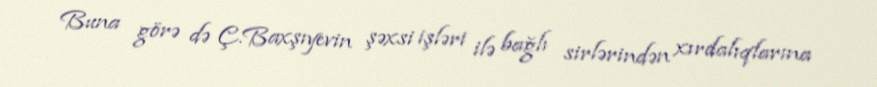
Buna görə də Ç.Baxşıyevin şəxsi işləri ilə bağlı sirlərindən xırdalıqlarına